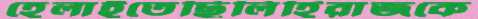
হেলাইতেছিলিহিরাজকে